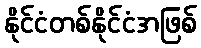
နိုင်ငံတစ်နိုင်ငံအဖြစ်